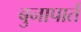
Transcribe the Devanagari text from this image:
बुनापार्त